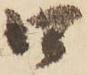
口